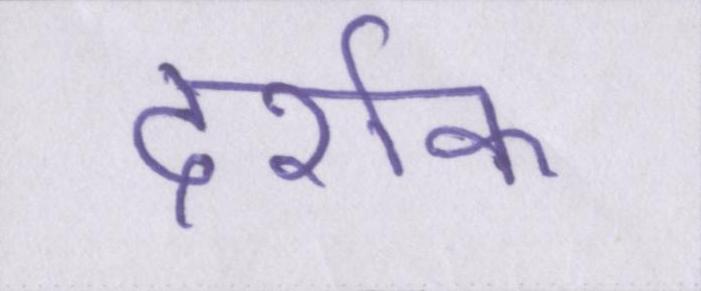
दर्शक